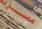
مسر